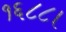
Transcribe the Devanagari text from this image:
१६८८।